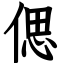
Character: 偲